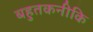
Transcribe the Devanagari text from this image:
बहुतकनीकि